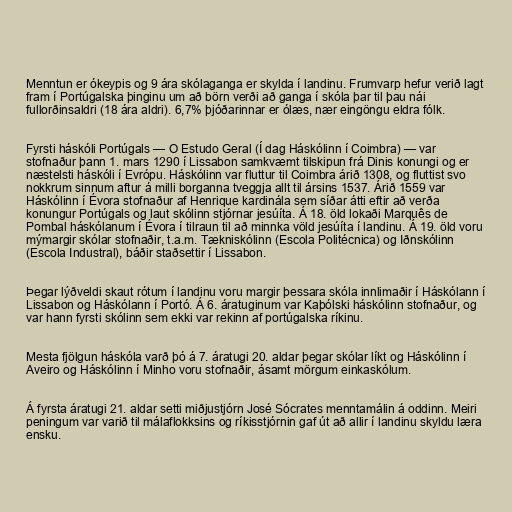
Menntun er ókeypis og 9 ára skólaganga er skylda í landinu. Frumvarp hefur verið lagt
fram í Portúgalska þinginu um að börn verði að ganga í skóla þar til þau nái
fullorðinsaldri (18 ára aldri). 6,7% þjóðarinnar er ólæs, nær eingöngu eldra fólk.

Fyrsti háskóli Portúgals — O Estudo Geral (Í dag Háskólinn í Coimbra) — var
stofnaður þann 1. mars 1290 í Lissabon samkvæmt tilskipun frá Dinis konungi og er
næstelsti háskóli í Evrópu. Háskólinn var fluttur til Coimbra árið 1308, og fluttist svo
nokkrum sinnum aftur á milli borganna tveggja allt til ársins 1537. Árið 1559 var
Háskólinn í Évora stofnaður af Henrique kardinála sem síðar átti eftir að verða
konungur Portúgals og laut skólinn stjórnar jesúíta. Á 18. öld lokaði Marquês de
Pombal háskólanum í Évora í tilraun til að minnka völd jesúíta í landinu. Á 19. öld voru
mýmargir skólar stofnaðir, t.a.m. Tækniskólinn (Escola Politécnica) og Iðnskólinn
(Escola Industral), báðir staðsettir í Lissabon.

Þegar lýðveldi skaut rótum í landinu voru margir þessara skóla innlimaðir í Háskólann í
Lissabon og Háskólann í Portó. Á 6. áratuginum var Kaþólski háskólinn stofnaður, og
var hann fyrsti skólinn sem ekki var rekinn af portúgalska ríkinu.

Mesta fjölgun háskóla varð þó á 7. áratugi 20. aldar þegar skólar líkt og Háskólinn í
Aveiro og Háskólinn í Minho voru stofnaðir, ásamt mörgum einkaskólum.

Á fyrsta áratugi 21. aldar setti miðjustjórn José Sócrates menntamálin á oddinn. Meiri
peningum var varið til málaflokksins og ríkisstjórnin gaf út að allir í landinu skyldu læra
ensku.